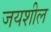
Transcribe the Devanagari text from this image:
जयशील